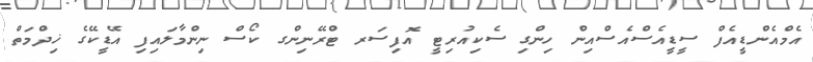
އެމްއެންޑީއެފް ސީޑީއެސްއެސްއިން ހިންގި ސެކިއުރިޓީ އޮފިސަރ ޓްރޭނިންގ ކޯސް ނިންމާލައިފި އޭޑީކޭގެ ޚިދްމަތް